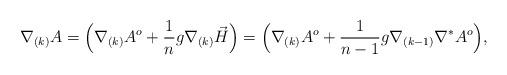
LaTeX: \begin{align*}\nabla_{(k)} A = \Big(\nabla_{(k)} A^o + \frac1n g \nabla_{(k)} \vec{H}\Big) = \Big(\nabla_{(k)} A^o + \frac1{n-1} g \nabla_{(k-1)}\nabla^*A^o\Big),\end{align*}